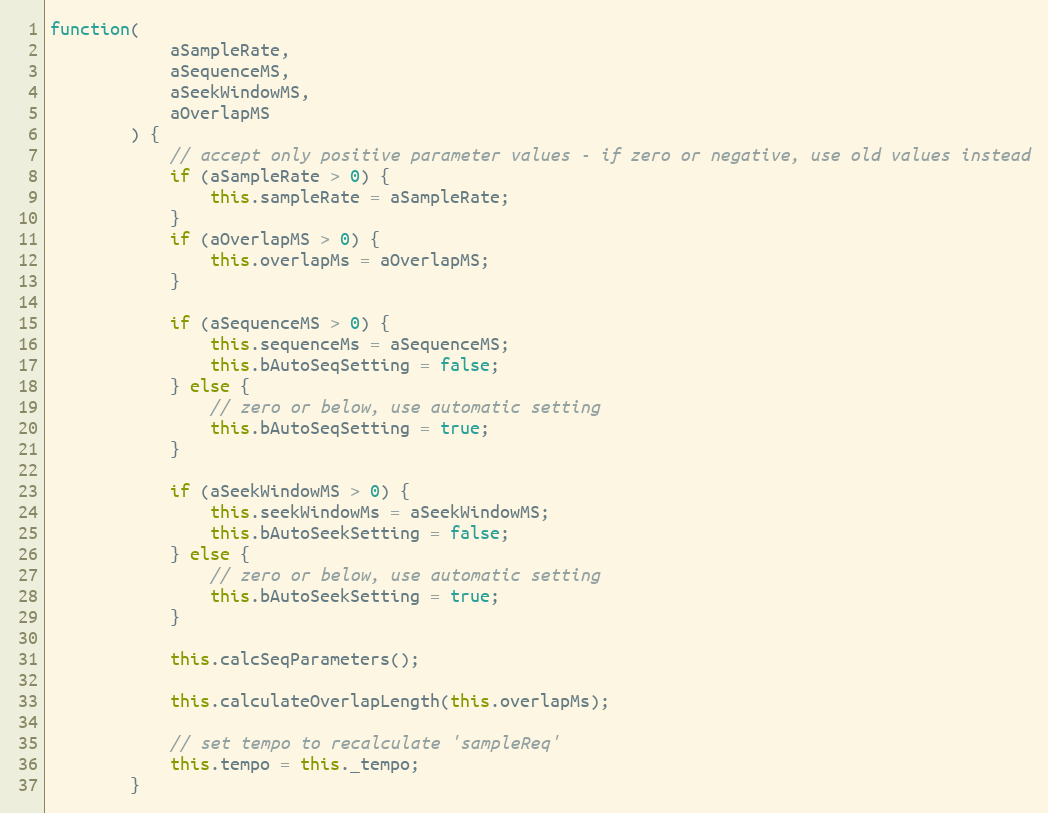
Language: JavaScript
function(
            aSampleRate,
            aSequenceMS,
            aSeekWindowMS,
            aOverlapMS
        ) {
            // accept only positive parameter values - if zero or negative, use old values instead
            if (aSampleRate > 0) {
                this.sampleRate = aSampleRate;
            }
            if (aOverlapMS > 0) {
                this.overlapMs = aOverlapMS;
            }

            if (aSequenceMS > 0) {
                this.sequenceMs = aSequenceMS;
                this.bAutoSeqSetting = false;
            } else {
                // zero or below, use automatic setting
                this.bAutoSeqSetting = true;
            }

            if (aSeekWindowMS > 0) {
                this.seekWindowMs = aSeekWindowMS;
                this.bAutoSeekSetting = false;
            } else {
                // zero or below, use automatic setting
                this.bAutoSeekSetting = true;
            }

            this.calcSeqParameters();

            this.calculateOverlapLength(this.overlapMs);

            // set tempo to recalculate 'sampleReq'
            this.tempo = this._tempo;
        }